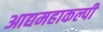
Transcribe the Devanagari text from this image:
आद्यमहाकल्पी